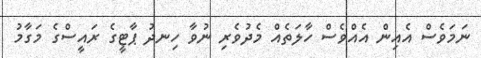
ނަމަވެސް އެއިން އެއްވެސް ހާލަތެއް މެދުވެރި ނުވާ ހިނދު ޕާޓީގެ ރައީސްގެ މަގާމު